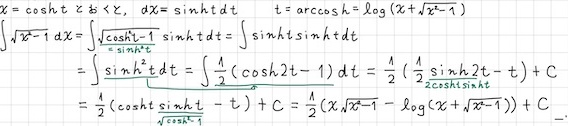
\[
\begin{align*}
x&=\cosh t\quad x<\alpha,\ dx = \sinh tdt\quad t = \text{arcosh}=\log(x + \sqrt{x^{2}-1})\\
\int\sqrt{x^{2}-1}dx&=\int\sqrt{\cosh^{2}t - 1}\sinh tdt=\int\sinh t\sinh tdt\\
&=\int\sinh^{2}t dt=\int\frac{1}{2}(\cosh 2t - 1)dt=\frac{1}{2}(\frac{1}{2}\sinh 2t - t)+C\\
&=\frac{1}{2}(\cosh t\underbrace{\sinh t}_{\sqrt{\cosh^{2}t - 1}}-t)+C=\frac{1}{2}(x\sqrt{x^{2}-1}-\log(x + \sqrt{x^{2}-1}))+C
\end{align*}
\]